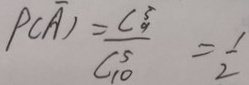
P ( \overline { A } ) = \frac { C _ { 9 } ^ { 3 } } { C _ { 1 0 } ^ { 5 } } = \frac { 1 } { 2 }